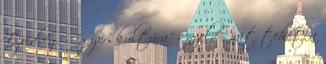
Ezredvég - "gyorskultúra" - nyelv : mit tehet a